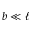
b \ll \ell